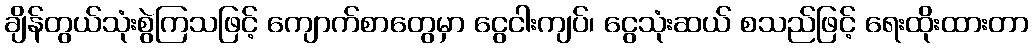
ချိန်တွယ်သုံးစွဲကြသဖြင့် ကျောက်စာတွေမှာ ငွေငါးကျပ်၊ ငွေသုံးဆယ် စသည်ဖြင့် ရေးထိုးထားတာ